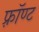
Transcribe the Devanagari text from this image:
फ़्रॉण्ट